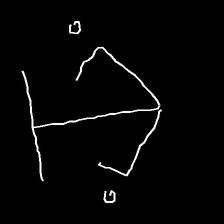
Glyph: earth